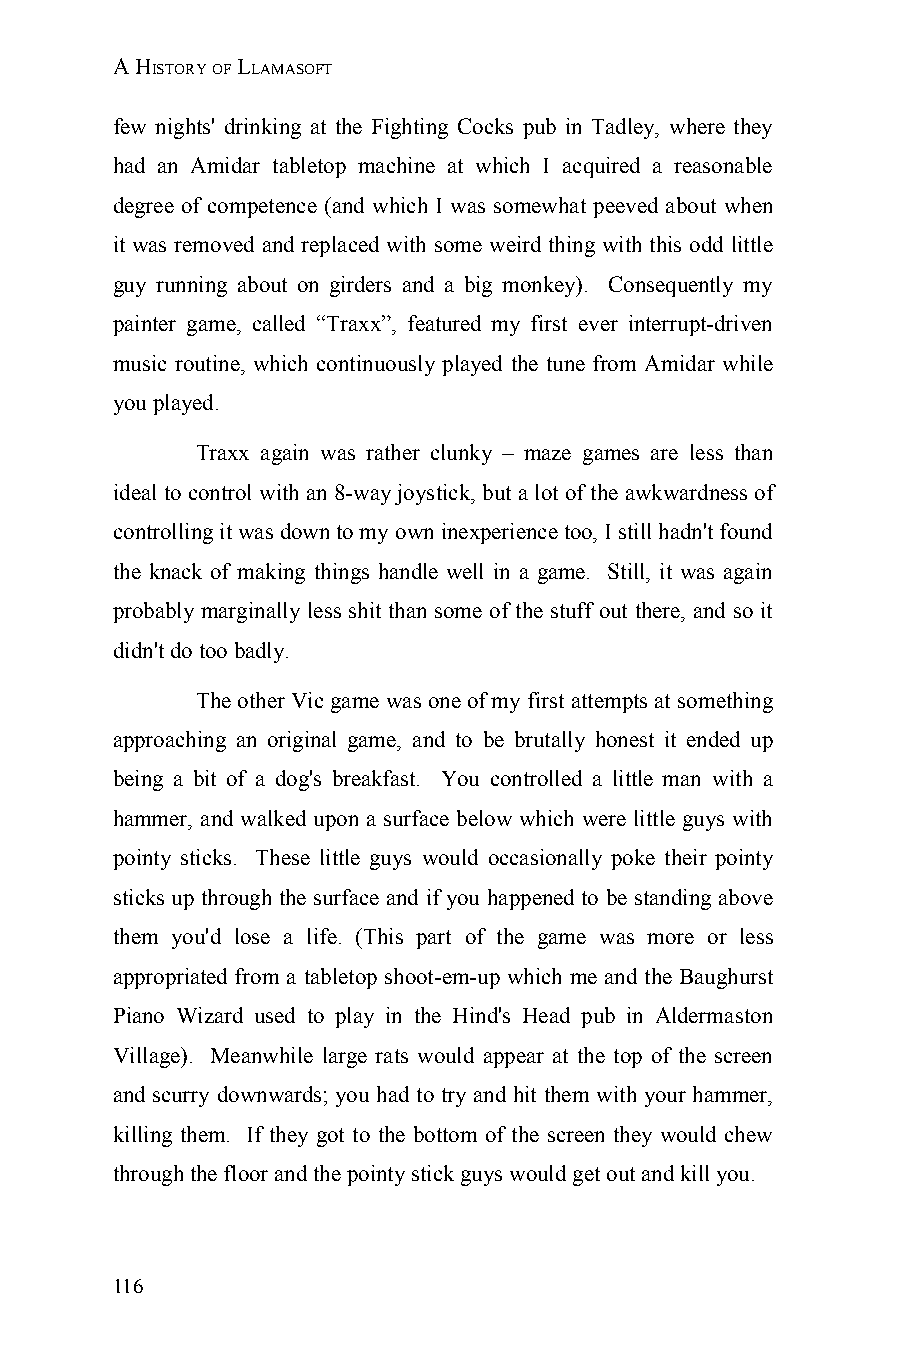
A HISTORY OF LLAMASOFT
 few nights' drinking at the Fighting Cocks pub in Tadley, where they
 had an Amidar tabletop machine at which I acquired a reasonable
 degree of competence (and which I was somewhat peeved about when
 it was removed and replaced with some weird thing with this odd little
 guy running about on girders and a big monkey). Consequently my
 painter game, called “Traxx”, featured my first ever interrupt-driven
 music routine, which continuously played the tune from Amidar while
 you played.
 Traxx again was rather clunky – maze games are less than
 ideal to control with an 8-way joystick, but a lot of the awkwardness of
 controlling it was down to my own inexperience too, I still hadn't found
 the knack of making things handle well in a game. Still, it was again
 probably marginally less shit than some of the stuff out there, and so it
 didn't do too badly.
 The other Vic game was one of my first attempts at something
 approaching an original game, and to be brutally honest it ended up
 being a bit of a dog's breakfast. You controlled a little man with a
 hammer, and walked upon a surface below which were little guys with
 pointy sticks. These little guys would occasionally poke their pointy
 sticks up through the surface and if you happened to be standing above
 them you'd lose a life. (This part of the game was more or less
 appropriated from a tabletop shoot-em-up which me and the Baughurst
 Piano Wizard used to play in the Hind's Head pub in Aldermaston
 Village). Meanwhile large rats would appear at the top of the screen
 and scurry downwards; you had to try and hit them with your hammer,
 killing them. If they got to the bottom of the screen they would chew
 through the floor and the pointy stick guys would get out and kill you.
 116